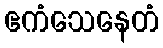
ဧကံသေနေတံ